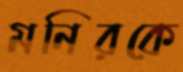
মনিরকে